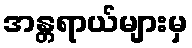
အန္တရာယ်များမှ